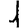
Digit: 1